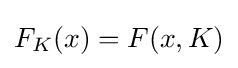
F_{K}(x)=F(x,K)